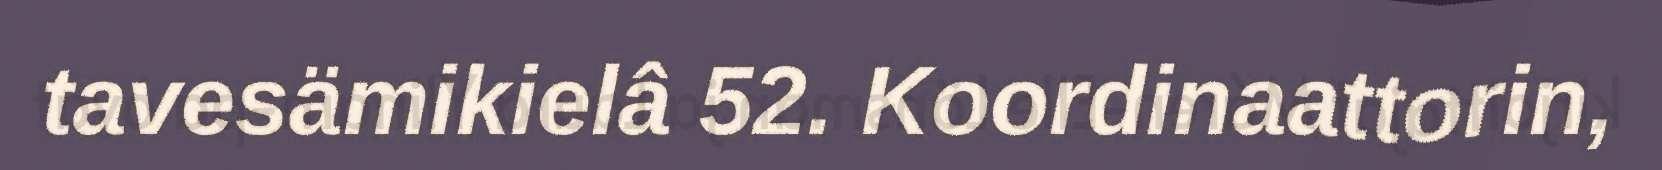
tavesämikielâ 52. Koordinaattorin,